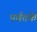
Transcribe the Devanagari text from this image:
पर्वतके